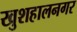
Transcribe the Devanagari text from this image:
खुशहालनगर